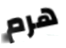
هرم